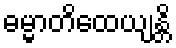
ဓမ္မာတိထေယျန္တိ